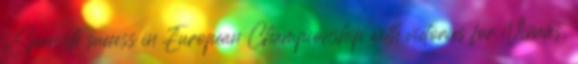
„Spanish success in European Championship with victories for Viñales,